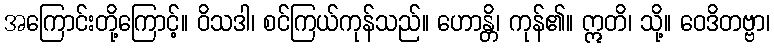
အကြောင်းတို့ကြောင့်။ ဝိသဒါ၊ စင်ကြယ်ကုန်သည်။ ဟောန္တိ၊ ကုန်၏။ ဣတိ၊ သို့။ ဝေဒိတဗ္ဗာ၊